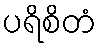
ပရိစိတံ